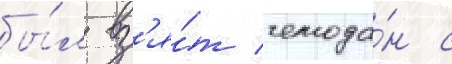
бы́л вз'я́т чемода́н с